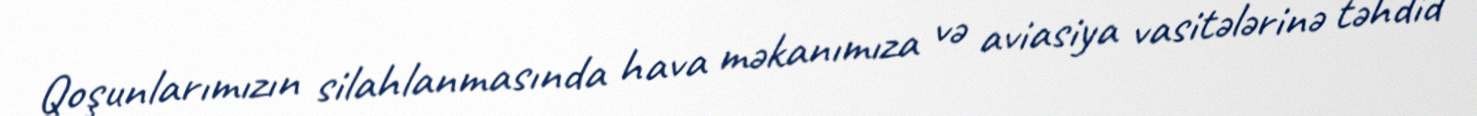
Qoşunlarımızın silahlanmasında hava məkanımıza və aviasiya vasitələrinə təhdid